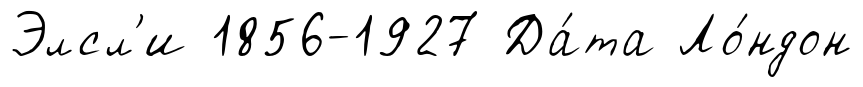
Элсл'и 1856-1927 Да́та Ло́ндон